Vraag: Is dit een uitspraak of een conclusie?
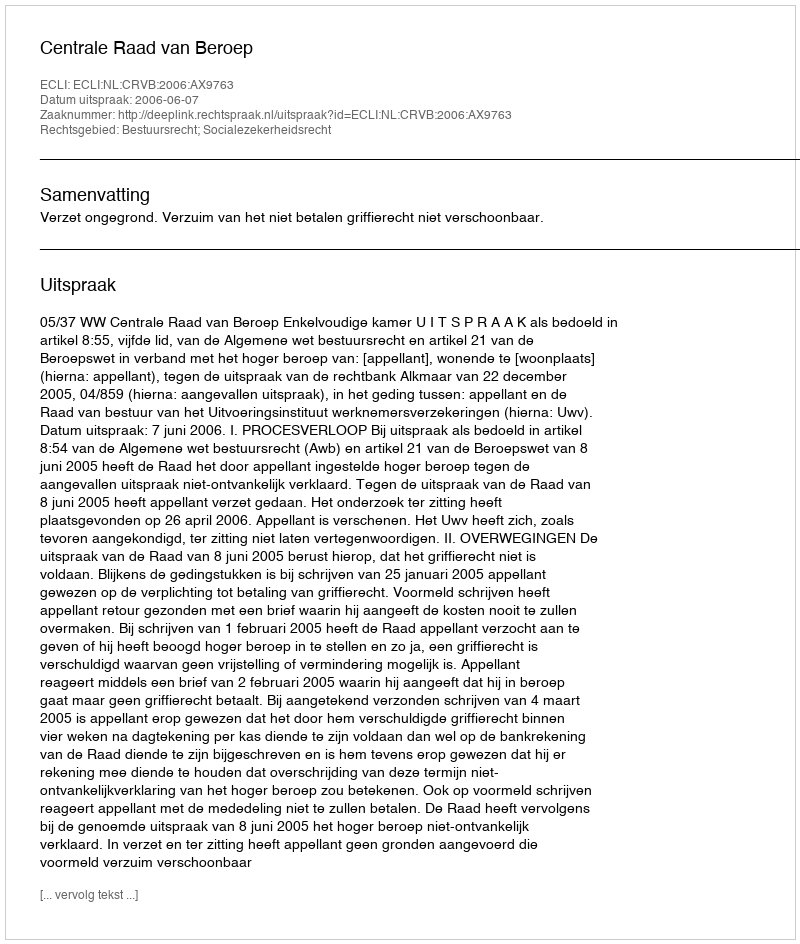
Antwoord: Uitspraak